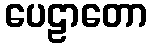
ပေဠာတော